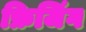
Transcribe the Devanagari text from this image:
फ्रिजिंग